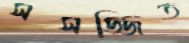
সসজ্জিত